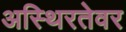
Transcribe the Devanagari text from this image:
अस्थिरतेवर